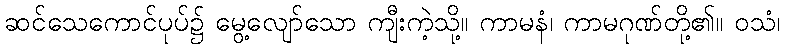
ဆင်သေကောင်ပုပ်၌ မွေ့လျော်သော ကျီးကဲ့သို့။ ကာမနံ၊ ကာမဂုဏ်တို့၏။ ဝသံ၊